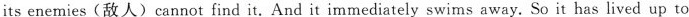
its enemies(敌人)cannot find it. And it immediately swims away. So it has lived up to